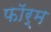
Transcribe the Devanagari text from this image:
फाॅर्म